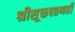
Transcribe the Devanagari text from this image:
श्रीसूक्तपठणही